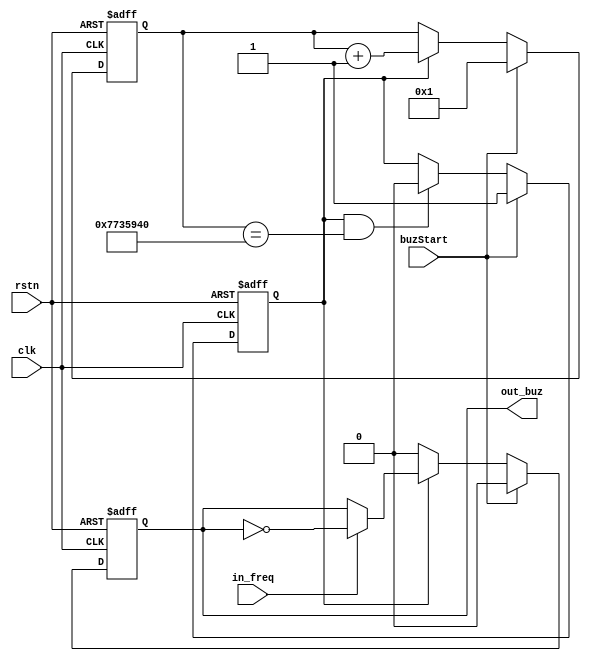

module buzzer (
	input			   clk,
	input			   rstn,
	input			   buzStart,
	input			   in_freq,
	output     reg	   out_buz
);
//`define FSIM
`ifdef FSIM
	parameter BUZ_TIME = 3000;
`else
	parameter BUZ_TIME = 125_000_000;
`endif
	
	reg				buzCntEn;
	reg		[31:0]	buzCnt;
	wire buzCntEnd = buzCntEn & (buzCnt == BUZ_TIME);

	always @(posedge clk or negedge rstn) begin
		if (~rstn)
			buzCntEn <= 0;
		else if (buzStart)
			buzCntEn <= 1;
		else if (buzCntEnd)
			buzCntEn <= 0;
	end

	always @(posedge clk or negedge rstn) begin
		if (~rstn)
			buzCnt <= 0;
		else if (buzStart)
			buzCnt <= 1;
		else if (buzCntEn)
			buzCnt <= buzCnt + 1;
	end

	always @(posedge clk or negedge rstn) begin
		if (~rstn)
			out_buz <= 0;
		else if (buzStart)
			out_buz <= 0;
		else if (buzCntEn) begin
			if (in_freq)
			out_buz <= ~out_buz;
		end
		else
			out_buz <= 0;
	end

endmodule